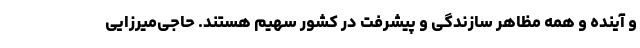
و آینده و همه مظاهر سازندگى و پیشرفت در کشور سهیم هستند. حاجی‌میرزایی